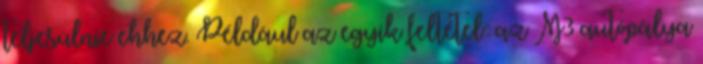
teljesülnie ehhez. Például az egyik feltétel: az M3 autópálya